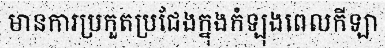
មានការប្រកួតប្រជែងក្នុងកំឡុងពេលកីឡា